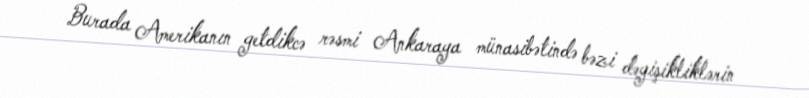
Burada Amerikanın getdikcə rəsmi Ankaraya münasibətində bəzi dəyişikliklərin